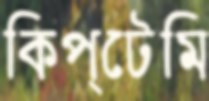
কিপ্টেমি